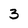
Character: 3